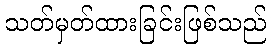
သတ်မှတ်ထားခြင်းဖြစ်သည်